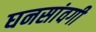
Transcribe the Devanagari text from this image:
घनसांवगी